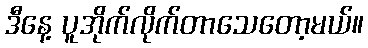
ဒီနေ့ ပူအိုက်လိုက်တာသေတော့မယ်။